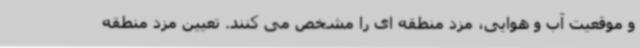
و موقعیت آب و هوایی، مزد منطقه ای را مشخص می کنند. تعیین مزد منطقه